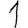
Digit: 1